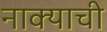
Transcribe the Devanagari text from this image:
नाक्याची